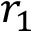
r _ { 1 }